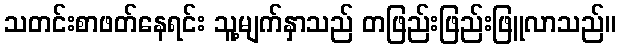
သတင်းစာဖတ်နေရင်း သူ့မျက်နှာသည် တဖြည်းဖြည်းဖြူလာသည်။